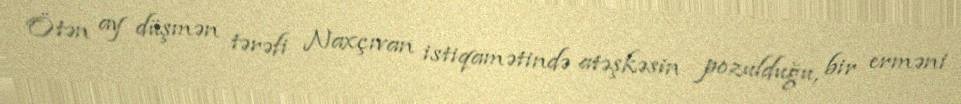
Ötən ay düşmən tərəfi Naxçıvan istiqamətində atəşkəsin pozulduğu, bir erməni